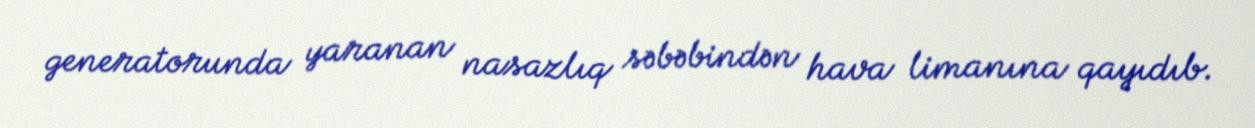
generatorunda yaranan nasazlıq səbəbindən hava limanına qayıdıb.